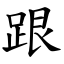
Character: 跟